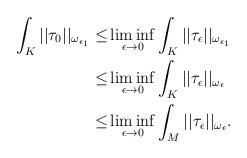
LaTeX: \begin{align*} \int_K ||\tau_0||_{\omega_{\epsilon_1}} \le&\liminf_{\epsilon\to 0} \int_K ||\tau_{\epsilon}||_{\omega_{\epsilon_1}}\\ \le & \liminf_{\epsilon\to 0} \int_K ||\tau_{\epsilon}||_{\omega_{\epsilon}}\\ \le &\liminf_{\epsilon\to 0} \int_M ||\tau_{\epsilon}||_{\omega_{\epsilon}}. \end{align*}